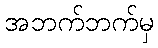
အဘက်ဘက်မှ